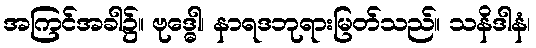
အကြင်အခါ၌။ ဗုဒ္ဓေါ၊ နာရဒဘုရားမြတ်သည်။ သနိဒါနံ၊